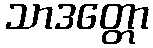
သာဒတ္တော